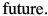
future.